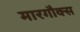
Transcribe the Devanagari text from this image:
मारगौक्स